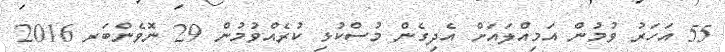
55 އަހަރު ވުމުން އަމިއްލައަށް އެދިގެން މުސްކުޅި ކުރެއްވުމުން 29 ނޮވެންބަރ 2016